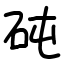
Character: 砘